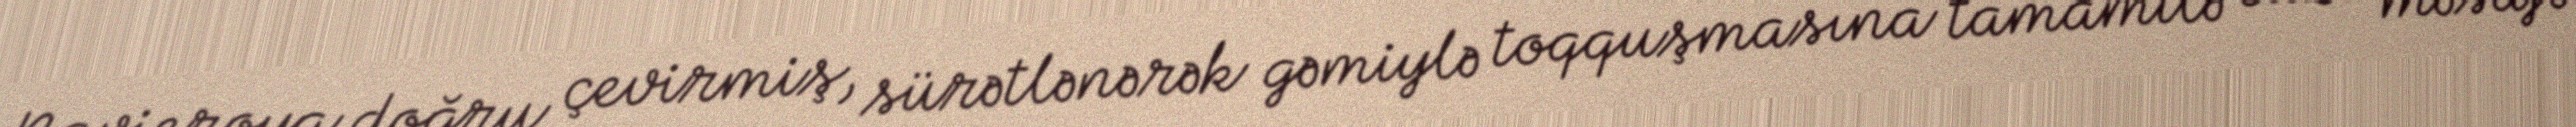
Navieroya doğru çevirmiş, sürətlənərək gəmiylə toqquşmasına tamamilə cüzi məsafə